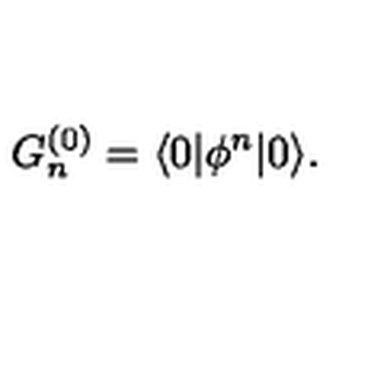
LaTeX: G _ { n } ^ { ( 0 ) } = \langle 0 | \phi ^ { n } | 0 \rangle .